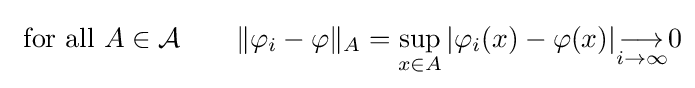
{\text{ for all }}A\in {\mathcal {A}}\qquad \|\varphi _{i}-\varphi \|_{A}=\sup _{x\in A}|\varphi _{i}(x)-\varphi (x)|{\underset {i\to \infty }{\longrightarrow }}0